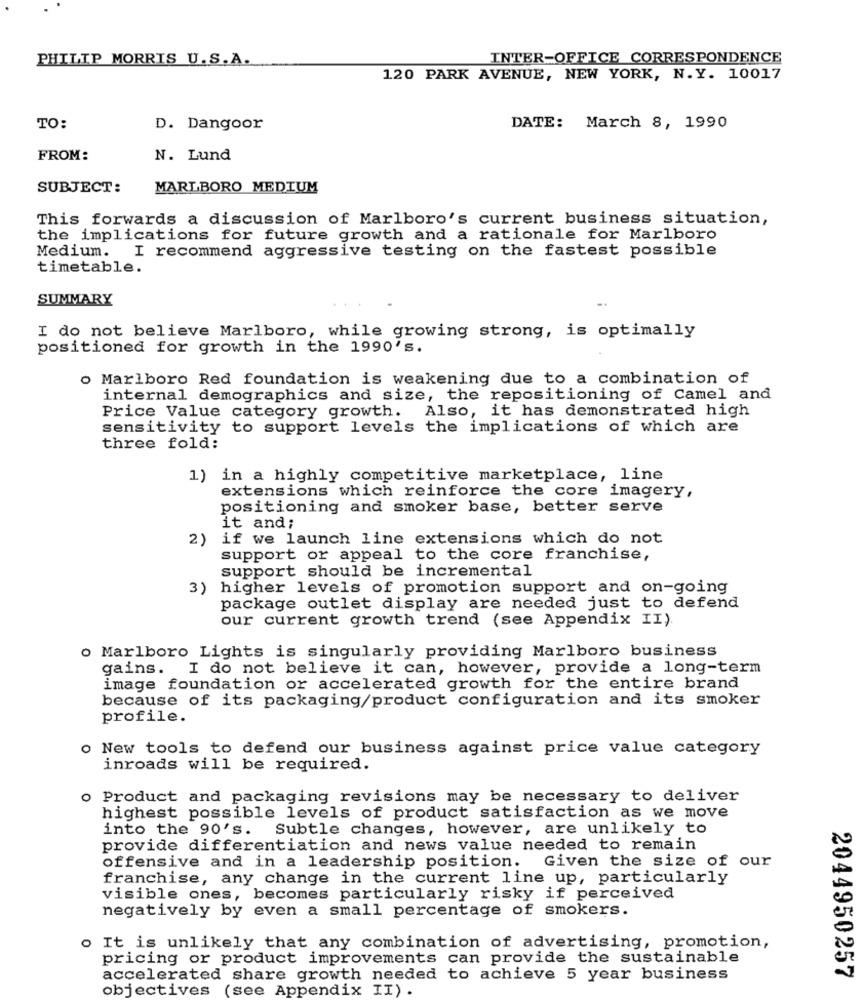
PHILIP MORRIS U.S.A.
INTER-OFFICE CORRESPONDENCE
120 PARK AVENUE, NEW YORK, N.Y. 10017
TO:
D. Dangoor
DATE: March 8, 1990
FROM:
N. Lund
SUBJECT:
MARLBORO MEDIUM
This forwards a discussion of Marlboro's current business situation,
the implications for future growth and a rationale for Marlboro
Medium. I recommend aggressive testing on the fastest possible
timetable.
SUMMARY
I do not believe Marlboro, while growing strong, is optimally
positioned for growth in the 1990's.
o Marlboro Red foundation is weakening due to a combination of
internal demographics and size, the repositioning of Camel and
Price Value category growth. Also, it has demonstrated high
sensitivity to support levels the implications of which are
three fold:
1) in a highly competitive marketplace, line
extensions which reinforce the core imagery,
positioning and smoker base, better serve
it and;
2)
if we launch line extensions which do not
support or appeal to the core franchise,
support should be incremental
3) higher levels of promotion support and on-going
package outlet display are needed just to defend
our current growth trend (see Appendix II)
o Marlboro Lights is singularly providing Marlboro business
gains. I do not believe it can, however, provide a long-term
image foundation or accelerated growth for the entire brand
because of its packaging/product configuration and its smoker
profile.
o New tools to defend our business against price value category
inroads will be required.
o Product and packaging revisions may be necessary to deliver
highest possible levels of product satisfaction as we move
into the 90's. Subtle changes, however, are unlikely to
provide differentiation and news value needed to remain
offensive and in a leadership position. Given the size of our
franchise, any change in the current line up, particularly
visible ones, becomes particularly risky if perceived
negatively by even a small percentage of smokers.
o It is unlikely that any combination of advertising, promotion,
pricing or product improvements can provide the sustainable
accelerated share growth needed to achieve 5 year business
2044950257
objectives
(see Appendix II)